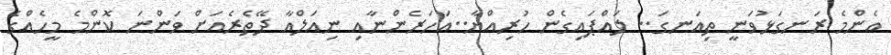
އެންމެ ރަނގަޅުވަނީ ތިއަނގަ.. ލައްޕައިގެން ހުރިއްޔާ..އަހަރެންނާއި ނިއަލްއާ ދޭތެރެއަށް ވަންނަ ކޮންމެ މީހެއްގެ